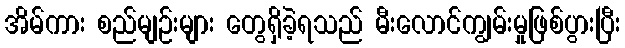
အိမ်ကား စည်မျဉ်းများ တွေရှိခဲ့ရသည် မီးလောင်ကျွမ်းမှုဖြစ်ပွားပြီး